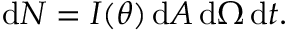
\mathrm { d } N = I ( \theta ) \, \mathrm { d } A \, \mathrm { d } \Omega \, \mathrm { d } t .